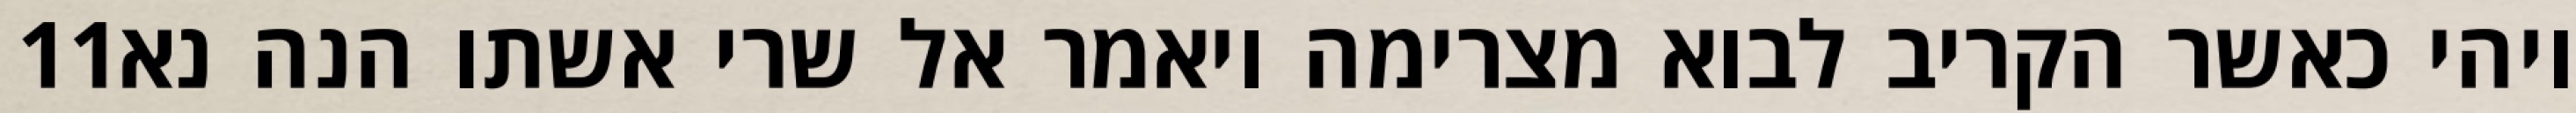
‎11‏ ויהי כאשר הקריב לבוא מצרימה ויאמר אל שרי אשתו הנה נא